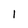
Character: 1